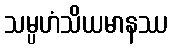
သမ္ပဟံသိယမာနဿ